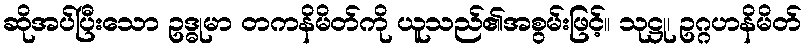
ဆိုအပ်ပြီးသော ဥဒ္ဓုမာ တကနိမိတ်ကို ယူသည်၏အစွမ်းဖြင့်။ သုဋ္ဌု၊ ဥဂ္ဂဟနိမိတ်